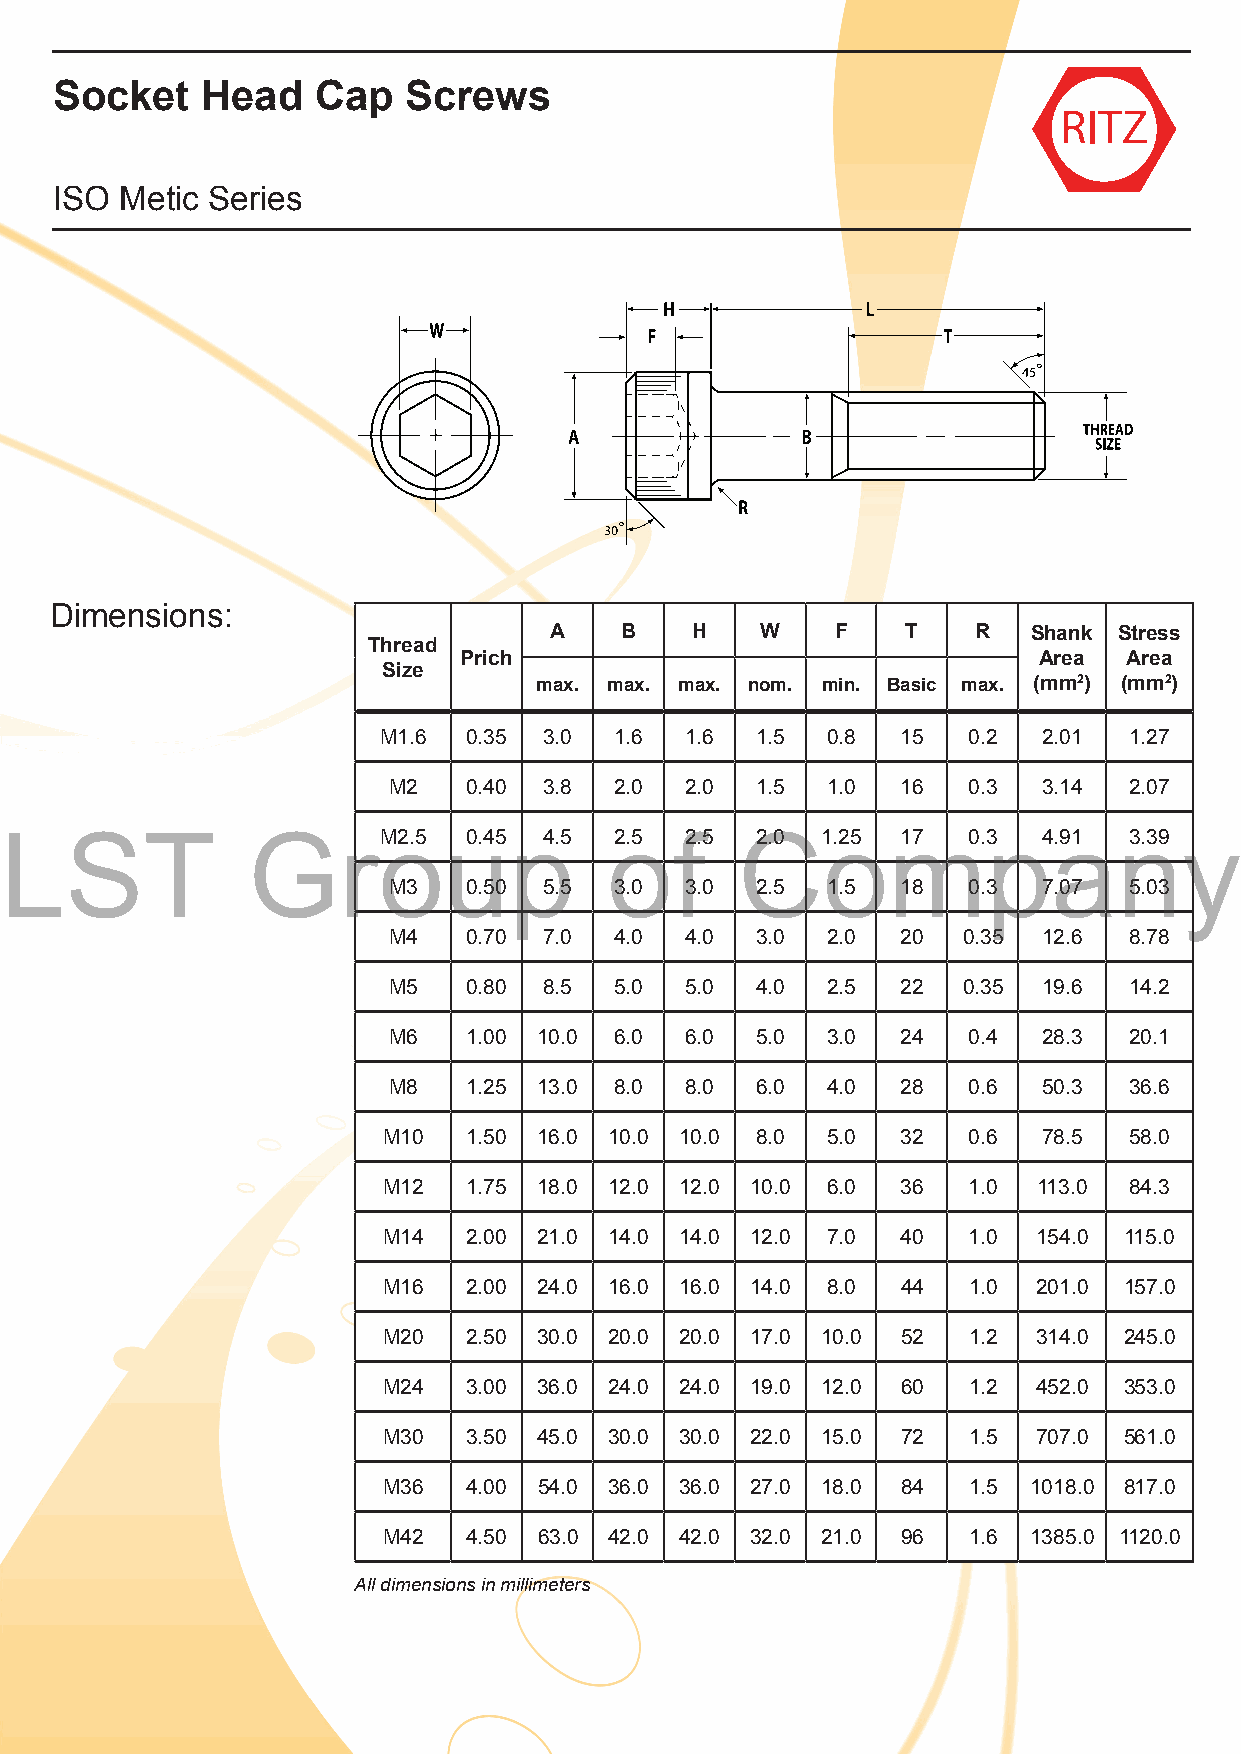
Socket    Head    Cap   Screws
 ISO  Metic Series
 Dimensions:
 A    B    H   W    F    T    R  Shank Stress
 Thread
 Prich                                  Area  Area
 Size
 max. max. max. nom. min. Basic max. (mm2) (mm2)
 M1.6  0.35 3.0  1.6 1.6  1.5  0.8  15  0.2  2.01  1.27
 M2   0.40 3.8  2.0 2.0  1.5  1.0  16  0.3  3.14  2.07
 LST             GroM2.5      u0.45p4.5  o2.5 f2.5 C2.0 1o.25 m17 0.3p4a.91 n3.39 y
 M3   0.50 5.5  3.0 3.0  2.5  1.5  18  0.3  7.07  5.03
 M4   0.70 7.0  4.0 4.0  3.0  2.0  20  0.35 12.6  8.78
 M5   0.80 8.5  5.0 5.0  4.0  2.5  22  0.35 19.6  14.2
 M6   1.00 10.0 6.0 6.0  5.0  3.0  24  0.4  28.3  20.1
 M8   1.25 13.0 8.0 8.0  6.0  4.0  28  0.6  50.3  36.6
 M10   1.50 16.0 10.0 10.0 8.0 5.0  32  0.6  78.5  58.0
 M12   1.75 18.0 12.0 12.0 10.0 6.0 36  1.0  113.0 84.3
 M14   2.00 21.0 14.0 14.0 12.0 7.0 40  1.0  154.0 115.0
 M16   2.00 24.0 16.0 16.0 14.0 8.0 44  1.0  201.0 157.0
 M20   2.50 30.0 20.0 20.0 17.0 10.0 52 1.2  314.0 245.0
 M24   3.00 36.0 24.0 24.0 19.0 12.0 60 1.2  452.0 353.0
 M30   3.50 45.0 30.0 30.0 22.0 15.0 72 1.5  707.0 561.0
 M36   4.00 54.0 36.0 36.0 27.0 18.0 84 1.5 1018.0 817.0
 M42   4.50 63.0 42.0 42.0 32.0 21.0 96 1.6 1385.0 1120.0
 All dimensions in millimeters